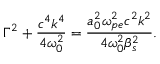
\Gamma ^ { 2 } + \frac { c ^ { 4 } k ^ { 4 } } { 4 \omega _ { 0 } ^ { 2 } } = \frac { a _ { 0 } ^ { 2 } \omega _ { p e } ^ { 2 } c ^ { 2 } k ^ { 2 } } { 4 \omega _ { 0 } ^ { 2 } \beta _ { s } ^ { 2 } } .